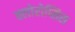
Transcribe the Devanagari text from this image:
क्लोरोप्सिस